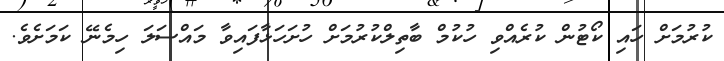
ކުރުމަށް ހައި ކޯޓުން ކުރެއްވި ހުކުމް ބާތިލްކުރުމަށް ހުށަހަޅާފައިވާ މައްސަލަ ހިމެނޭ ކަމަށެވެ.